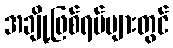
အချို့ဖြစ်ရပ်များတွင်